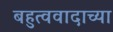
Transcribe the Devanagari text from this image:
बहुत्ववादाच्या